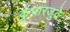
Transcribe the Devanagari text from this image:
कुंभारजुवे